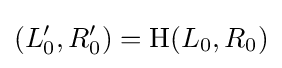
(L_{0}',R_{0}')=\mathrm {H} (L_{0},R_{0})